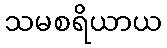
သမစရိယာယ